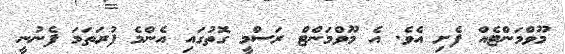
މޫވްމަންޓެއް ފެށި އެވެ. އެ މޫވްމަންޓް ރަސްމީ ގޮތުގައި އެންމެ ފުރަތަމަ ފެނުނީ